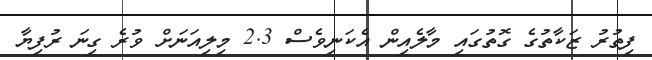
ފިތުރު ޒަކާތުގެ ގޮތުގައި މާލެއިން އެކަނިވެސް 2.3 މިލިއަނަށް ވުރެ ގިނަ ރުފިޔާ